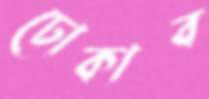
ঢোকাব